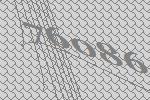
76086